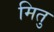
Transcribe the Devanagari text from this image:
मितु